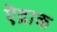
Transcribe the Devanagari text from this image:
ऎद्राक